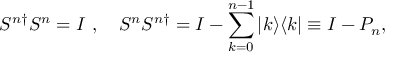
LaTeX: S ^ { n \dagger } S ^ { n } = I \ , \quad S ^ { n } S ^ { n \dagger } = I - \sum _ { k = 0 } ^ { n - 1 } | k \rangle \langle k | \equiv I - P _ { n } ,